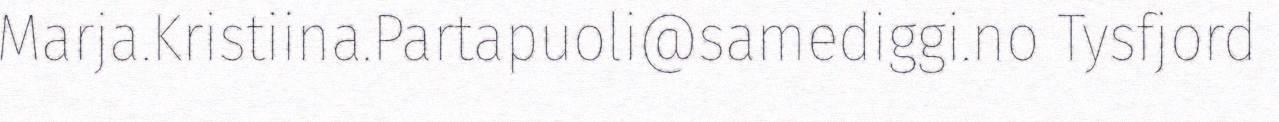
Marja.Kristiina.Partapuoli@samediggi.no Tysfjord